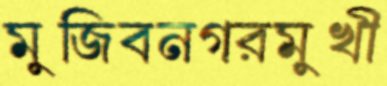
মুজিবনগরমুখী